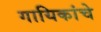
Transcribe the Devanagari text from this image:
गायिकांचे